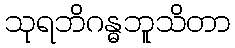
သုရဘိဂန္ဓဘူသိတာ